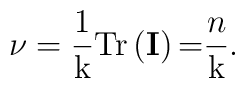
\mathrm{\nu }=\frac{1}{\mathrm{k}}\mathrm{Tr}\left( \mathbf{I}\right)\mathrm{=}\frac{n}{\mathrm{k}}.